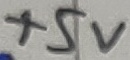
Text: +5V